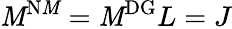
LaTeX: \mathit{M}^{\mathrm{{{N\mathit{M}}}}}=\mathit{M}^{\mathrm{{{DG}}}}L=J